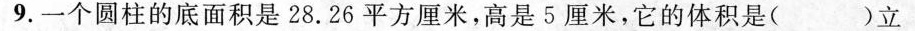
9.一个圆柱的底面积是28.26平方厘米，高是5厘米，它的体积是( )立